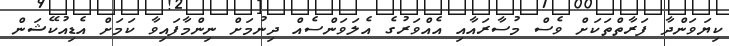
ކިޔަވަންދާ ފަރާތްތަކަށް ވެސް މުސާރައާއި އެއްވަރުގެ އެލަވަންސެއް ދިނުމަށް ނިންމާފައިވާ ކަމަށް އެޑިއުކޭޝަން